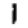
Digit: 1